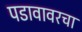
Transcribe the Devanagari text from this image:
पडावावरचा